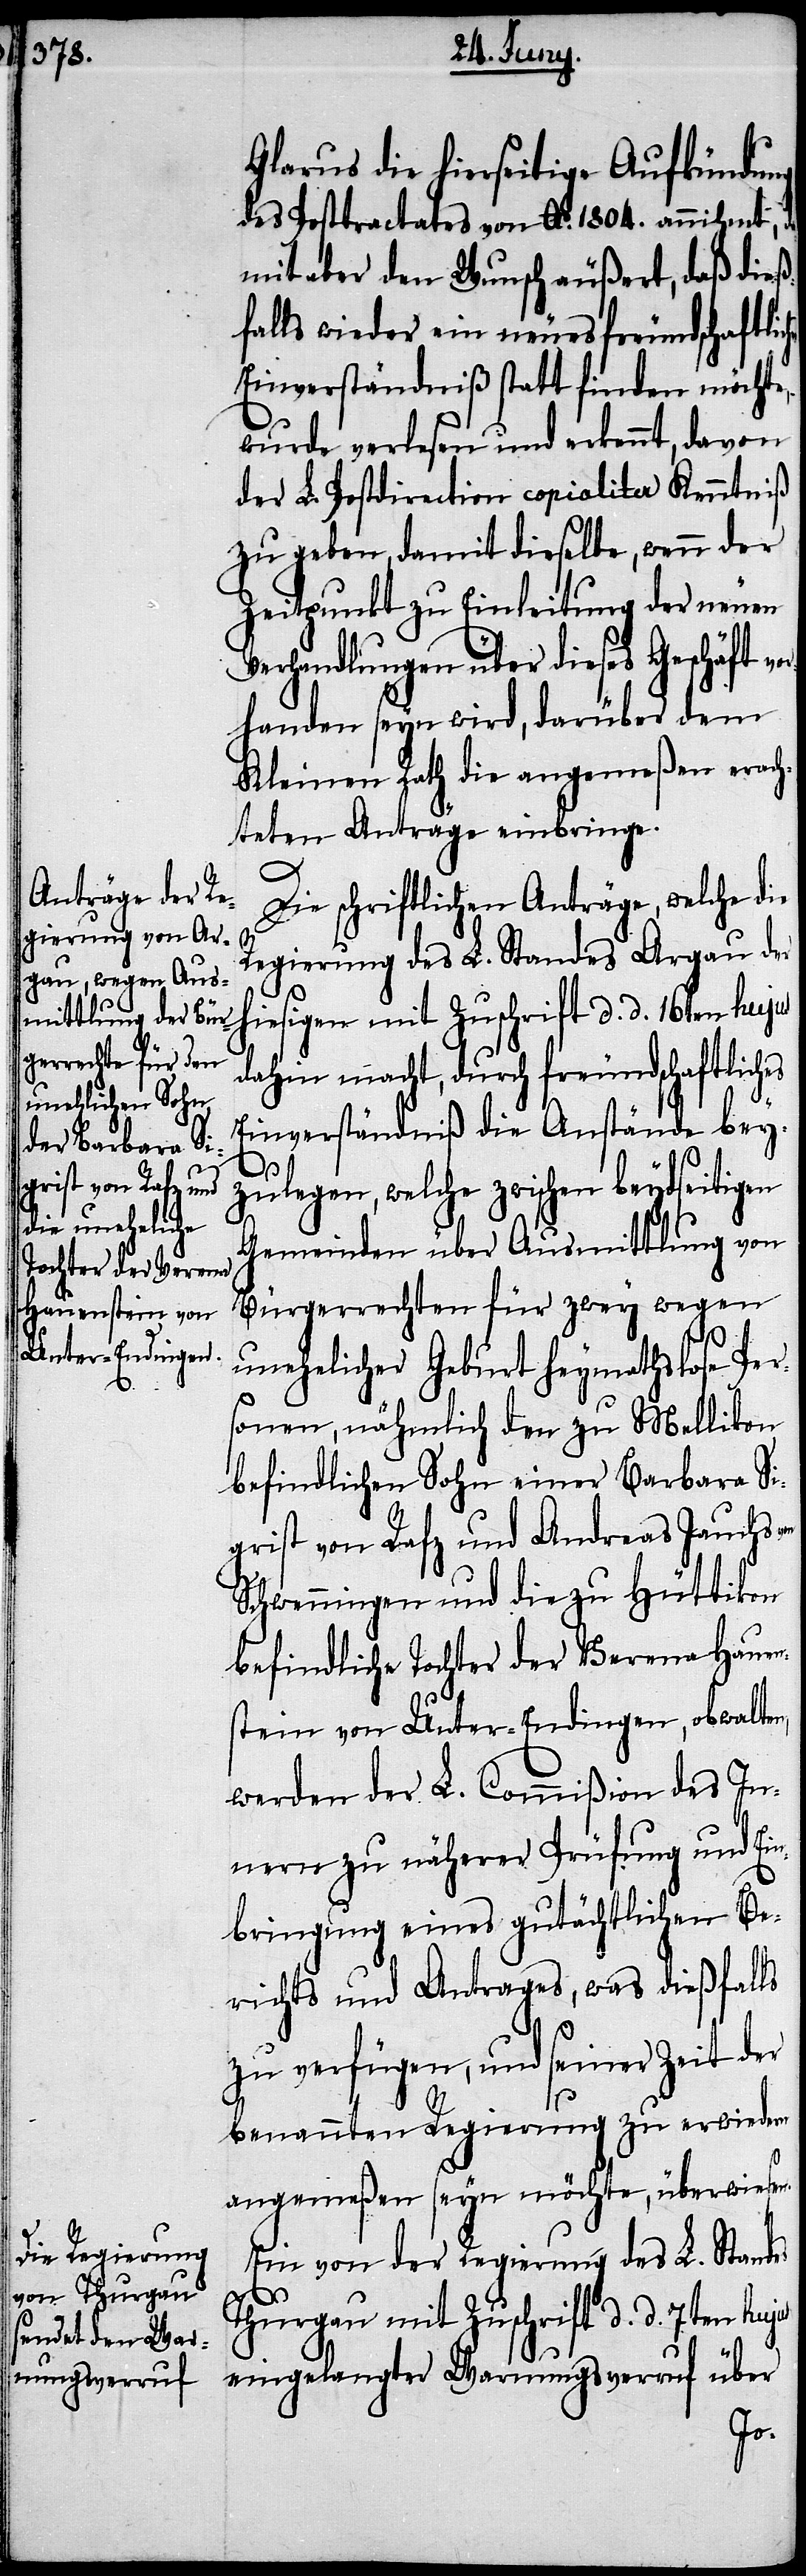
Glarus die hierseitige Aufkündung
des Posttractates von Ao. 1804. annihmt,
mit aber den Wunsch äußert, daß dieß¬
falls wieder ein neues freundschaftlic¬
Einverständniß statt finden möchte,
wurde verlesen und erkennt, davon
der L. Postdirection copialiter Kenntniß
zu geben, damit dieselbe, wenn der
Zeitpunkt zu Einleitung der neuen
Verhandlungen über dieses Geschäft vo¬
rhanden seyn wird, darüber dem
Kleinen Rath die angemeßen erach¬
teten Anträge einbringe.
Die schriftlichen Anträge, welche die
Regierung des L. Standes Argau der
hiesigen mit Zuschrift d. d. 16ten hujus
dahin macht, durch freundschaftliches
Einverständniß die Anstände bey¬
zulegen, welche zwischen beydseitigen
Gemeinden über Ausmittlung von
Bürgerrechten für zwey wegen
unehelicher Geburt heymathslose Per¬
sonen, nähmlich den zu Mellikon
befindlichen Sohn einer Barbara Si¬
grist von Rafz und Andreas Jauchs
Schwenningen und die zu Hüttikon
befindliche Tochter der Verena Hauen¬
stein von Unter-Endingen, obwalten,
werden der L. Commißion des In¬
nern zu näherer Prüfung und Ei¬
nbringung eines gutächtlichen Be¬
richts und Antrages, was dießfalls
zu verfügen, und seiner Zeit der
benannten Regierung zu erwiedern
angemeßen seyn möchte, überwiesen.
Ein von der Regierung des L. Standes
Thurgau mit Zuschrift d. d. 7ten hujus
eingelangter Warnungsverruf über
hes